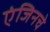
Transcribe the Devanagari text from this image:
एंजिनचे